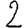
Digit: 2